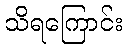
သိရကြောင်း